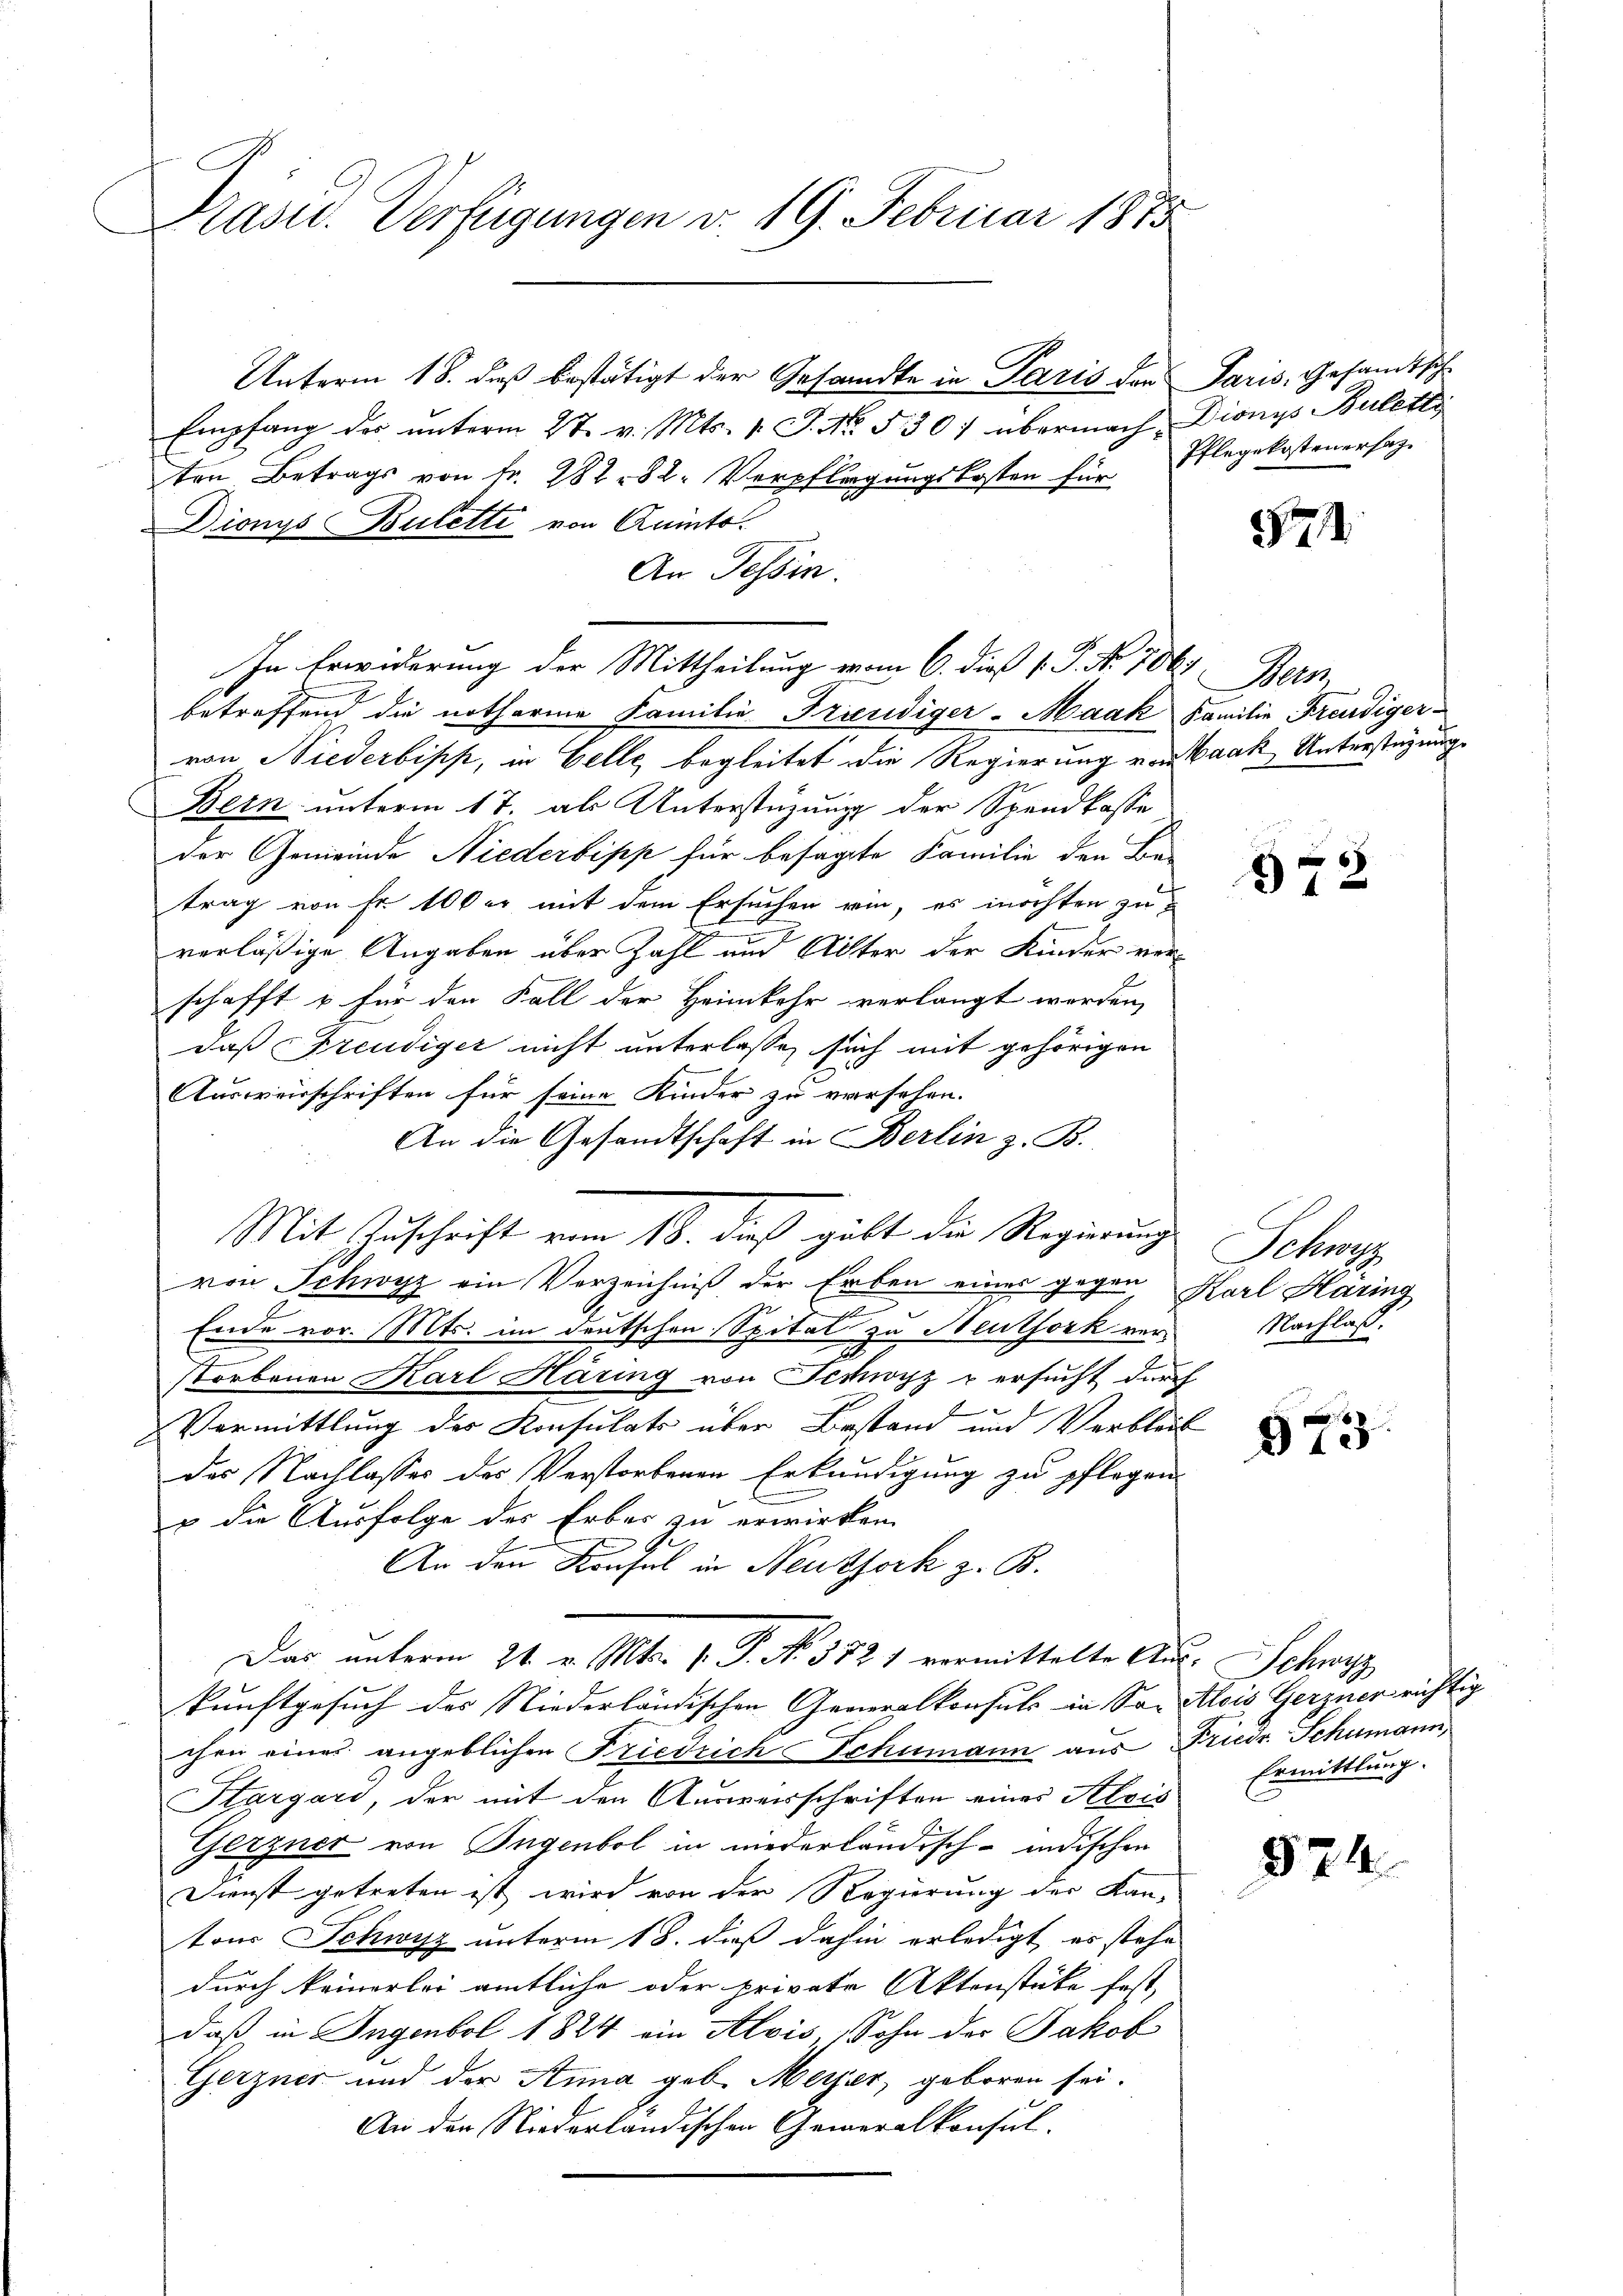
Prasid. Verfügungen v. 19. Februar 1875

Dionys Bulette von Quito.

Unterm 18. dieß bestätigt der Gesandte in Paris der Paris, Gesandtsch-
Empfang der unterm 27. v. Mts. v. J. No. 530. übermach, Dionys Buletz
ten Betrags von fr. 282. 82. Verpflegungskosten für Pflegekostenersag
An Tessin.
betreffend die notharine Familie Triendiger-Maak Familie Freudiger-
von Niederbipp, in Gelle, begleitet die Regierung von Baak Unterstüzung
Bern unterm 17. als Unterstüzung der Spendkasse
der Gemeinde Niederbipp für besagte Familie den Be-
trag von Fr. 100 er mit dem Ersuchen ein, es möchten zu
verläßige Angaben über Zahl und Alter der Kinder verschafft u für den Fall der Heimkehr verlangt werden,
daß Freudiger nicht unterlassen sich mit gehörigen
Ausweisschriften für seine Kinder zu versehen.
An die Gesandtschaft in Berlin z. B.
von Schwyz ein Verzeichniß der Erben eines gegen Karl Haring
Ende vor. Mts. im deutschen Spital zu Heuthork ver¬
Storbenen Karl Häring von Schwyz u ersucht durch

& Vormittlung der Konsulats über Bestand und Verbleib
des Nachlasses des Verstorbenen Erkundigung zu pflegen
u die Ausfolge des Erber zu erwirken.
E
An den Konsul in Neuzfork z. B.
Das unterm 24. v. Mts. v. P. No 5821 vermittelte Aus- Schwyz
kunftgesuch des Niederländischen Generalkonsuls in Son Alois Gerzner richtig
chen eines angeblichen Friedrich Schumann aus Friedr. Schumann,
Stargard, der mit den Ausweisschriften einer Alois
Gerzner von Ingenbol in niederländisch-indischen
Dienst getreten ist wird von der Regierung der Kan-
tons Schwyz unterm 18. dieß dahin erledigt, es stehe
durch keinerlei amtliche oder private Aktenstüke fest,
daß in Ingenbol 1824 ein Alois. Sohn des Jakob
Gerzner und der Anna geb. Meyer, geboren sei.
An den Niederländischen Geweralkonsul-

In Erwiderung der Mittheilung vom 6. dieß P. Nr. 706. Bern

Mit Zuschrift vom 18. dieß gibt die Regierung

51

12

Schwe
Nachlaß.

8
10

Ermittlung.

874